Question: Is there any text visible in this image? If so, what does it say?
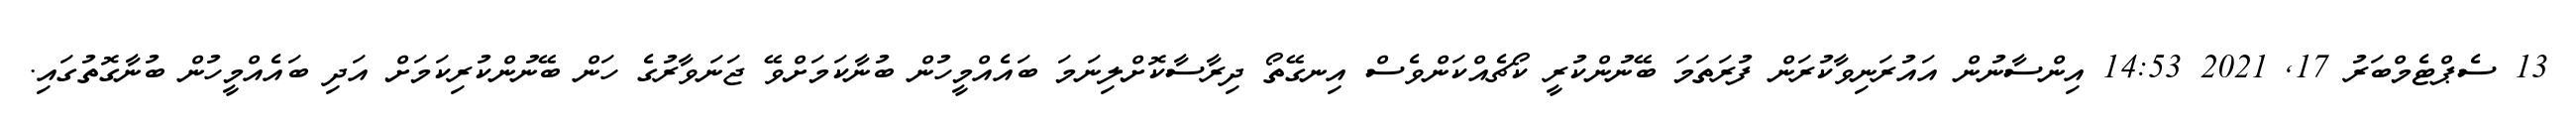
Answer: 13 ސެޕްޓެމްބަރު 17, 2021 14:53 އިންސާނުން އައުރަނިވާކުރަން ފުރަތަމަ ބޭނުންކުރީ ކޯޗެއްކަންވެސް އިނގޭތޯ ދިރާސާކޮށްލިނަމަ ބައެއްމީހުން ބުނާކަމަށްވޭ ޖަނަވާރުގެ ހަން ބޭނުންކުރިކަމަށް އަދި ބައެއްމީހުން ބުނާގޮތުގައި.